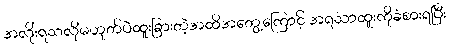
အလိုံးရသလိုမဟုတ်ပဲထူးခြားတဲ့အထိအတွေ့ကြောင့် အရသာထူးကိုခံစားရပြီး